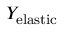
Y _ { \mathrm { e l a s t i c } }